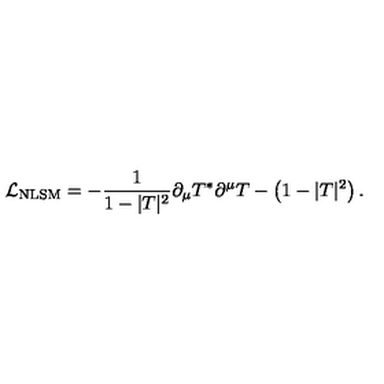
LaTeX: { \cal L } _ { \mathrm { N L S M } } = - { \frac { 1 } { 1 - | T | ^ { 2 } } } \partial _ { \mu } T ^ { * } \partial ^ { \mu } T - \left( 1 - | T | ^ { 2 } \right) .